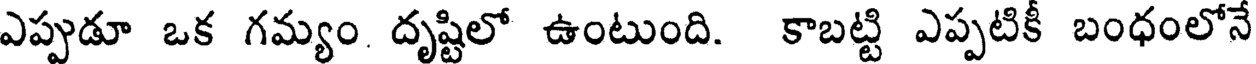
ఎప్పుడూ ఒక గమ్యం దృష్టిలో ఉంటుంది. కాబట్టి ఎప్పటికీ బంధంలోనే